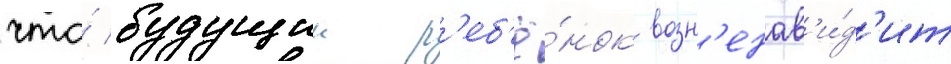
что́ будущии р'еб'ё́нок возн'енав'и́д'ит